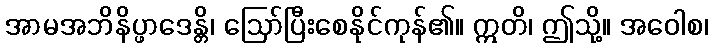
အာမအဘိနိပ္ဖာဒေန္တိ၊ ဩော်ပြီးစေနိုင်ကုန်၏။ ဣတိ၊ ဤသို့။ အဝေါစ၊